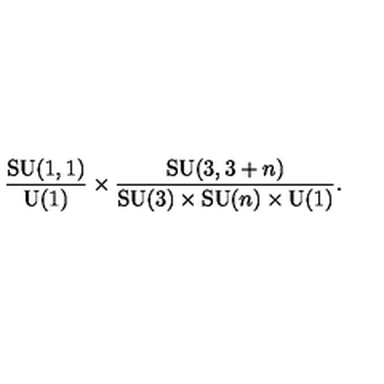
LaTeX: \frac { \mathrm { S U } ( 1 , 1 ) } { \mathrm { U } ( 1 ) } \times \frac { \mathrm { S U } ( 3 , 3 + n ) } { \mathrm { S U } ( 3 ) \times \mathrm { S U } ( n ) \times \mathrm { U } ( 1 ) } .